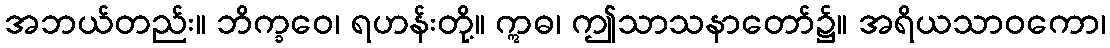
အဘယ်တည်း။ ဘိက္ခဝေ၊ ရဟန်းတို့။ ဣဓ၊ ဤသာသနာတော်၌။ အရိယသာဝကော၊